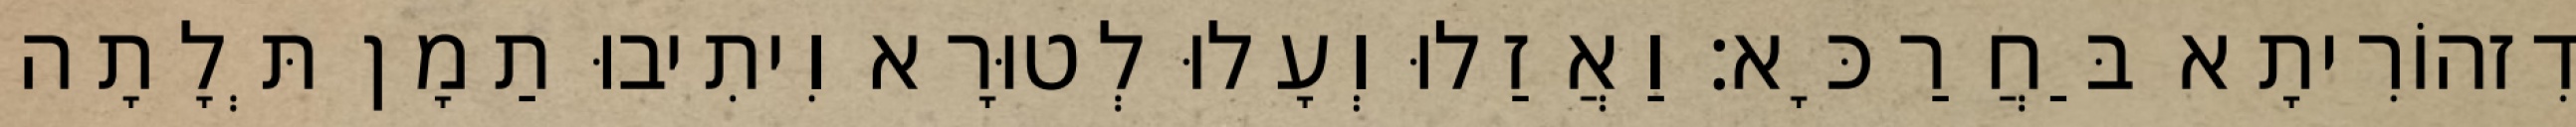
דִזהוֹרִיתָא בַּחֲרַכָּא׃ וַאֲזַלוּ וְעָלוּ לְטוּרָא וִיתִיבוּ תַמָן תְּלָתָה